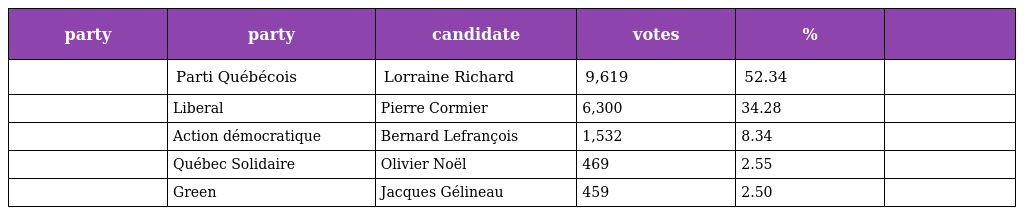
| party | party | candidate | votes | % |  |
 | --- | --- | --- | --- | --- | --- |
 |  | Parti Québécois | Lorraine Richard | 9,619 | 52.34 |  |
 |  | Liberal | Pierre Cormier | 6,300 | 34.28 |  |
 |  | Action démocratique | Bernard Lefrançois | 1,532 | 8.34 |  |
 |  | Québec Solidaire | Olivier Noël | 469 | 2.55 |  |
 |  | Green | Jacques Gélineau | 459 | 2.50 |  |